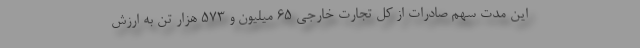
این مدت سهم صادرات از کل تجارت خارجی ۶۵ میلیون و ۵۷۳ هزار تن به ارزش